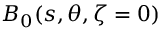
B _ { 0 } ( s , \theta , \zeta = 0 )